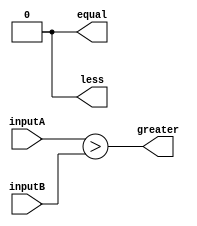
module comparator (
    input [31:0] inputA,
    input [31:0] inputB,
    output equal,
    output greater,
    output less
);

wire [31:0] equal_bits;
wire [31:0] greater_bits;
wire [31:0] less_bits;

assign equal = &equal_bits;
assign greater = |greater_bits;
assign less = &less_bits;

assign equal_bits = (inputA == inputB);
assign greater_bits = (inputA > inputB);
assign less_bits = (inputA < inputB);

endmodule